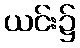
ယင်း၌